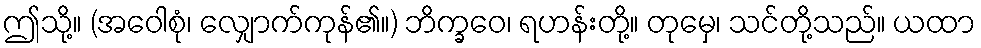
ဤသို့။ (အဝေါစုံ၊ လျှောက်ကုန်၏။) ဘိက္ခဝေ၊ ရဟန်းတို့။ တုမှေ၊ သင်တို့သည်။ ယထာ